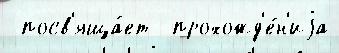
 посв'яща́ет  прохожд'е́н'иjа